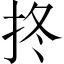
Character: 𢫝